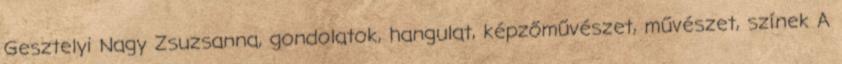
Gesztelyi Nagy Zsuzsanna, gondolatok, hangulat, képzőművészet, művészet, színek A